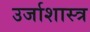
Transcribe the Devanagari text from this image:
उर्जाशास्त्र